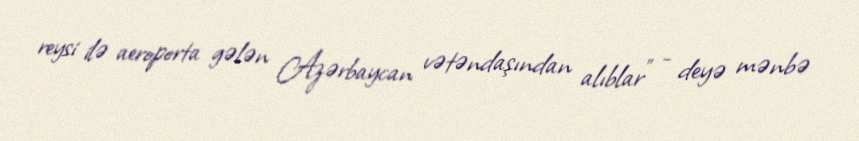
reysi ilə aeroporta gələn Azərbaycan vətəndaşından alıblar” - deyə mənbə